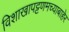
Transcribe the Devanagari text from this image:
विशाखापट्टणमच्याबाहेर